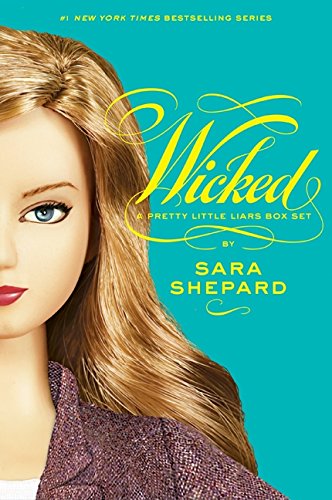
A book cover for A Pretty Little Liars Box Set: Wicked: The Second Collection: Wicked, Killer, Heartless, Wanted; Sara Shepard; Teen & Young Adult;